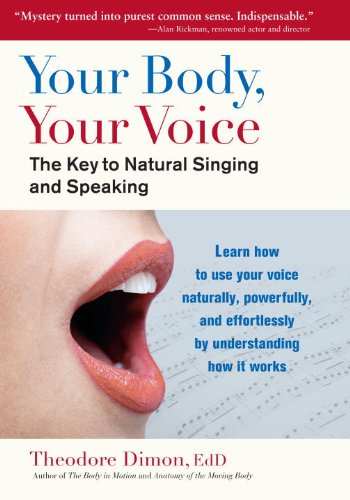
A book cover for Your Body, Your Voice: The Key to Natural Singing and Speaking; Theodore Ed. D. Dimon; Health, Fitness & Dieting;